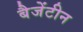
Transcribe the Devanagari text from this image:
बैजेंटीन